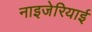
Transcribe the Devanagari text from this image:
नाइजेरियाई